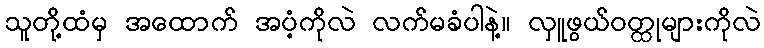
သူတို့ထံမှ အထောက် အပံ့ကိုလဲ လက်မခံပါနဲ့။ လှူဖွယ်ဝတ္ထုများကိုလဲ